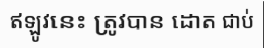
ឥឡូវនេះ ត្រូវបាន ដោត ជាប់